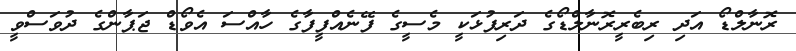
ރޮނާލްޑޯ އަދި ރިބެރީރޮނާލްޑޯގެ ދަރިފުޅަކީ މެސީގެ ފޭނެއްފީފާގެ ހާއްސަ އެވޯޑް ޖަޕާންގެ ދުވަސްވީ